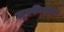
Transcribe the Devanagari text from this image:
ज़ुल्फीकार